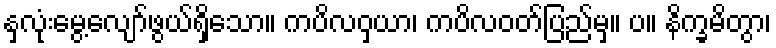
နှလုံးမွေ့လျော်ဖွယ်ရှိသော။ ကပိလဝှယာ၊ ကပိလဝတ်ပြည်မှ။ ပ။ နိက္ခမိတွာ၊